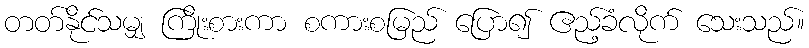
တတ်နိုင်သမျှ ကြိုးစားကာ စကားစမြည် ပြော၍ ဧည့်ခံလိုက် သေးသည်။